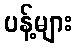
ပန့်များ